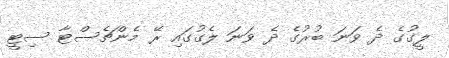
ލީގުގެ ދެ ވަނަ ބުރުގެ ދެ ވަނަ ލެގުގައި ރޭ މެންޗެސްޓާ ސިޓީ